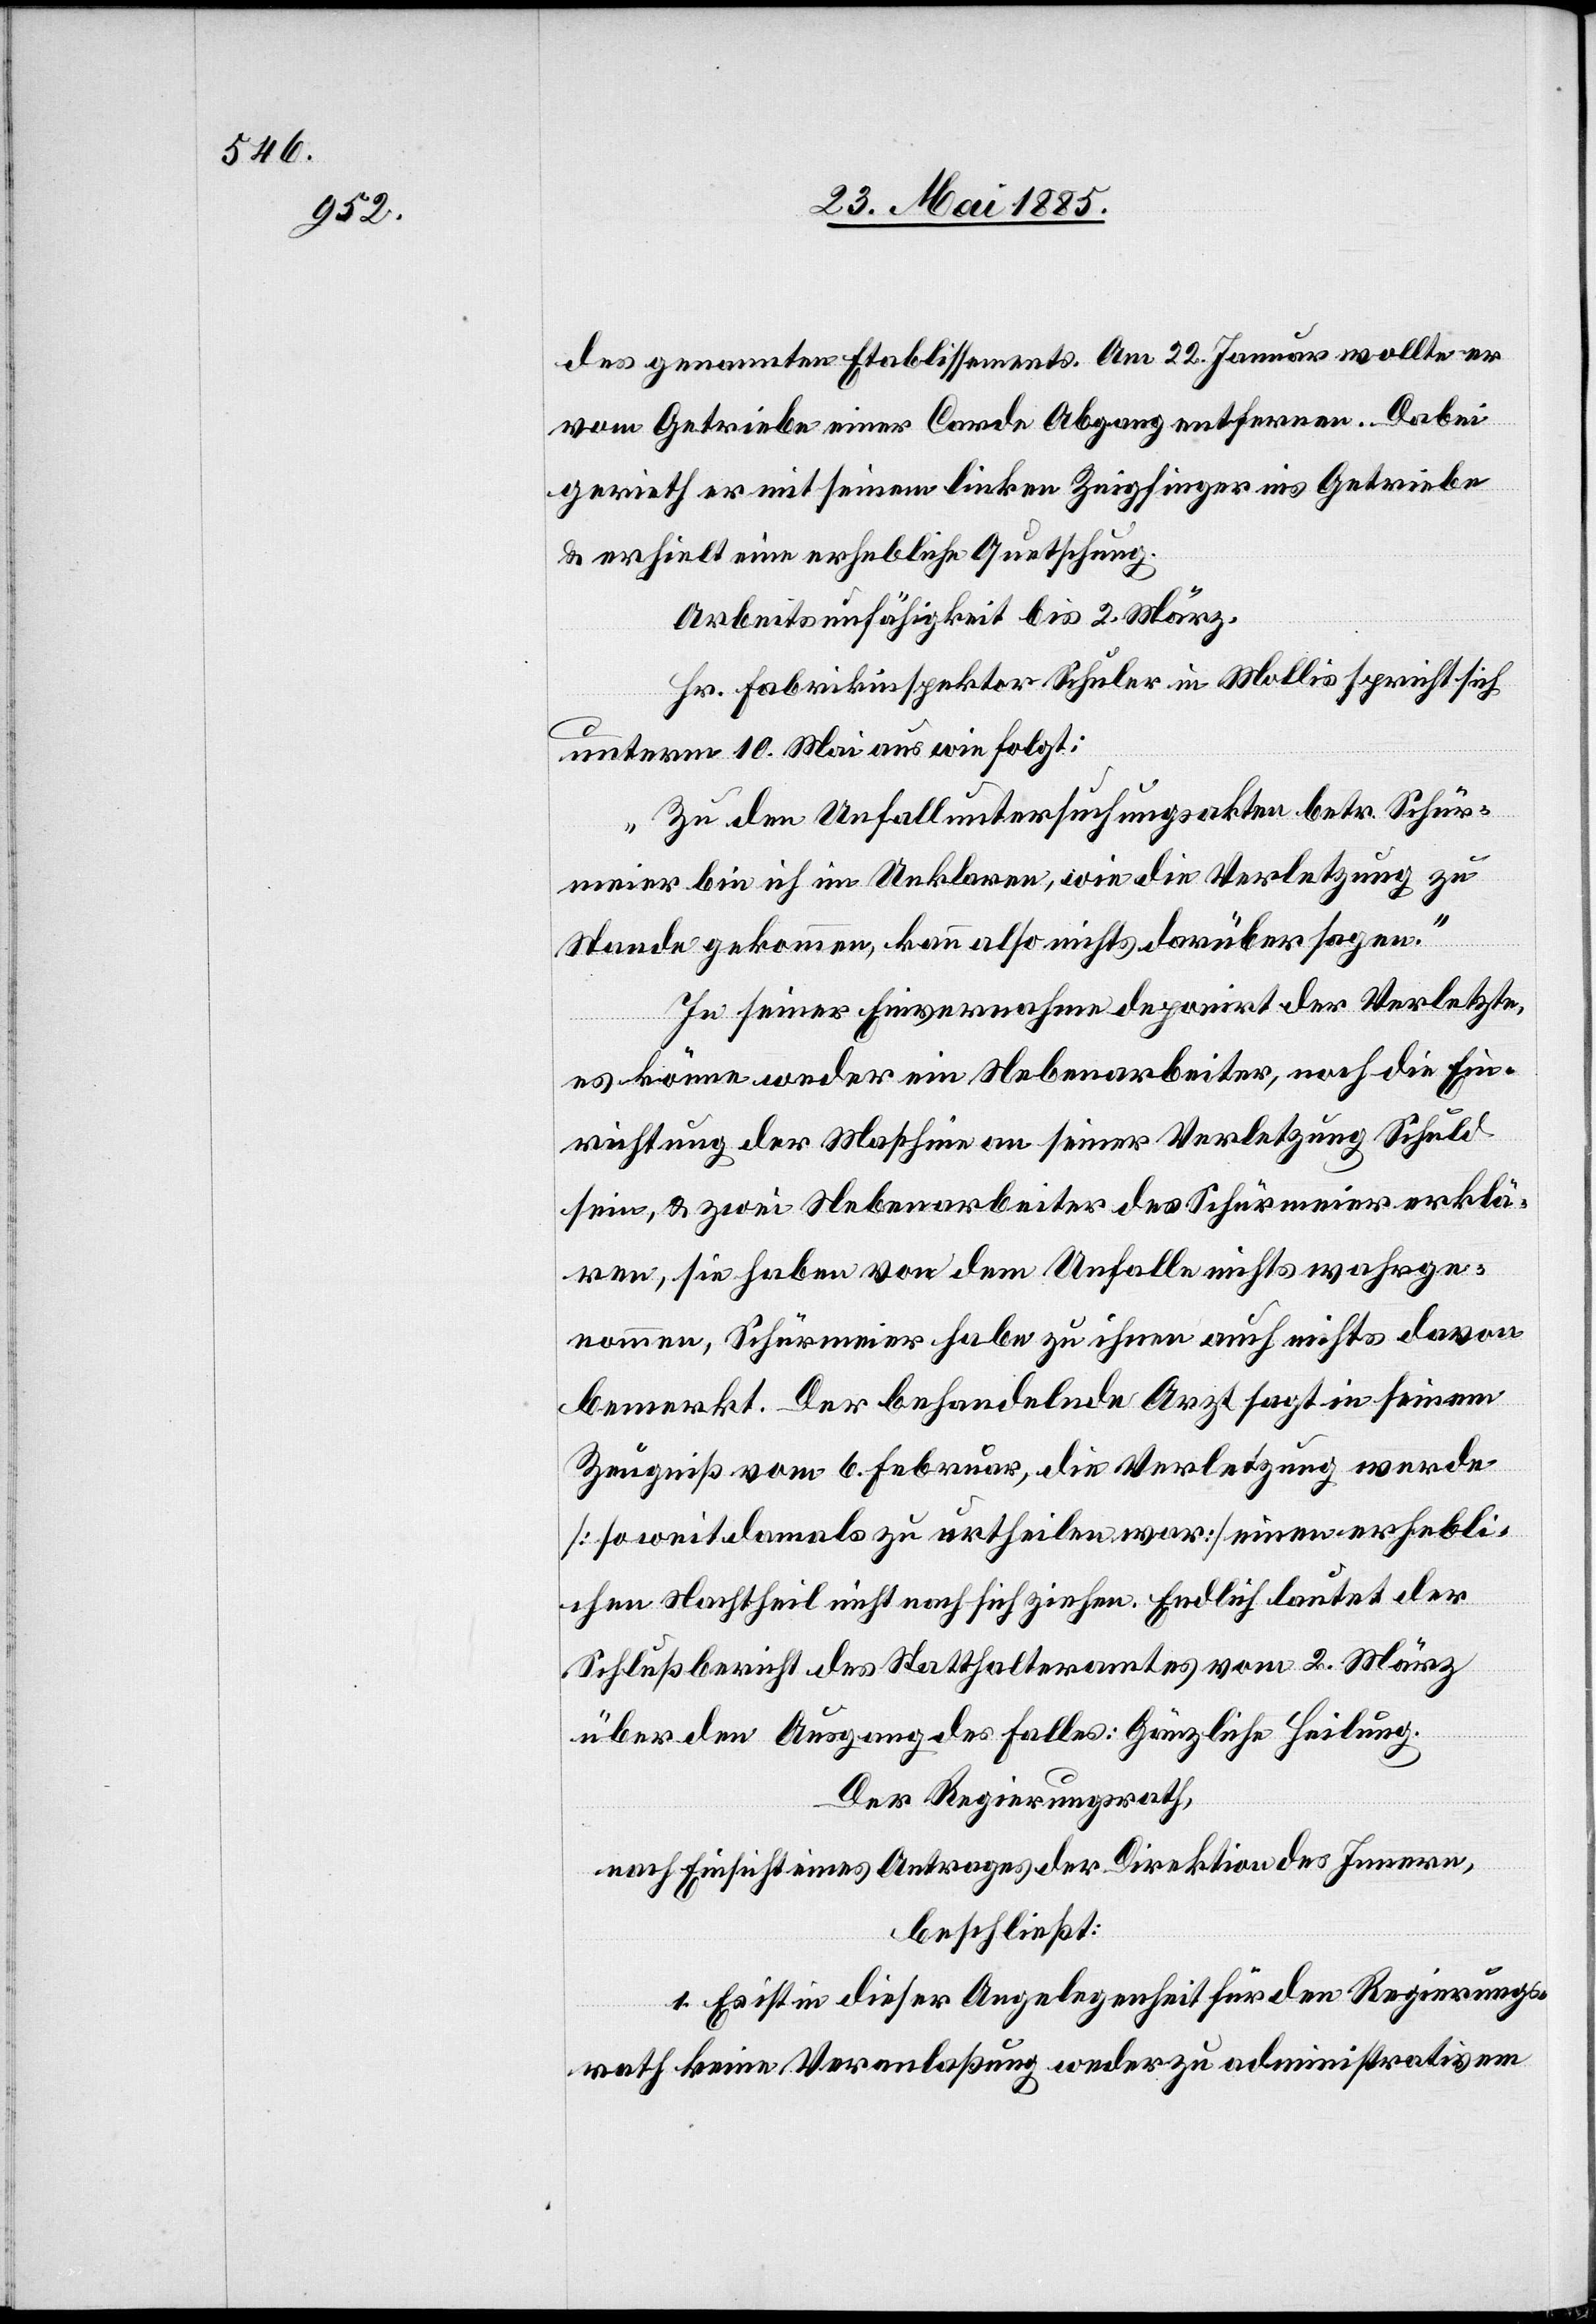
des genannten Etablissements. Am 22. Januar wollte er
vom Getriebe einer Corde Abgang entfernen. Dabei
gerieth er mit seinem linken Zeigefinger ins Getriebe
& erhielt eine erhebliche Quetschung.
Arbeitsunfähigkeit bis 2. März.
Hr. Fabrikinspektor Schuler in Mollis spricht sich
unterm 10. Mai aus wie folgt:
„Zu den Unfalluntersuchungsakten betr. Schür¬
meier bin ich im Unklaren, wie die Verletzung zu
Stande gekommen, kann also nichts darüber sagen.“
In seiner Einvernahme deponirt der Verletzte,
es könne weder ein Nebenarbeiter, noch die Ein¬
richtung der Maschine an seiner Verletzung Schuld
sein, & zwei Nebenarbeiter des Schürmeier erklä¬
ren, sie haben von dem Unfall nichts wahrge¬
nommen, Schürmeier habe zu ihnen auch nichts davon
bemerkt. Der behandelnde Arzt sagt in seinem
Zeugniß vom 6. Februar, die Verletzung werde
[soweit damals zu urtheilen war] einen erhebli¬
chen Nachtheil nicht nach sich ziehen. Endlich lautet der
Schlußbericht des Statthalteramtes vom 2. März
über den Ausgang des Falles: Gänzliche Heilung.
Der Regierungsrath,
nach Einsicht eines Antrages der Direktion des Innern,
beschließt:
1. Es ist in dieser Angelegenheit für den Regierungs¬
rath keine Veranlaßung weder zu administrativem